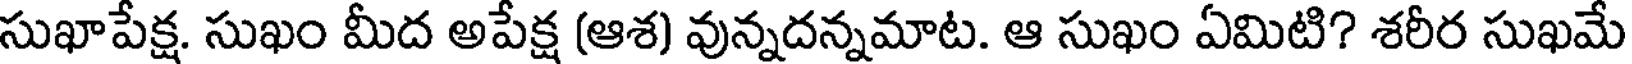
సుఖాపేక్ష. సుఖం మీద అపేక్ష (ఆశ) వున్నదన్నమాట. ఆ సుఖం ఏమిటి? శరీర సుఖమే